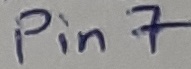
Text: Pin7